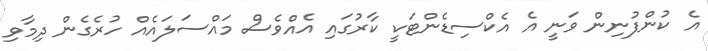
އެ ކުންފުނިން ވަނީ އެ އެކްސިޑެންޓަކީ ކާރުގައި އެއްވެސް މައްސަލައެއް ހުރެގެން ދިމާވި